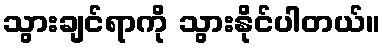
သွားချင်ရာကို သွားနိုင်ပါတယ်။